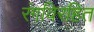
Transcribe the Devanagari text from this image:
रंगविरहित